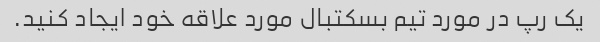
یک رپ در مورد تیم بسکتبال مورد علاقه خود ایجاد کنید.